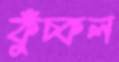
কুঁচ্‌কল